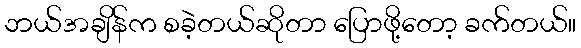
ဘယ်အချိန်က စခဲ့တယ်ဆိုတာ ပြောဖို့တော့ ခက်တယ်။